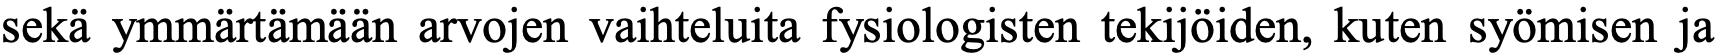
sekä ymmärtämään arvojen vaihteluita fysiologisten tekijöiden, kuten syömisen ja